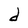
Character: d